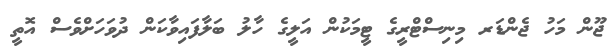
ޖޫން މަހު ޖެންޑަރ މިނިސްޓްރީގެ ޓީމަކުން އަލީގެ ހާލު ބަލާފައިވާކަން ދުވަހަށްވެސް އޮތީ